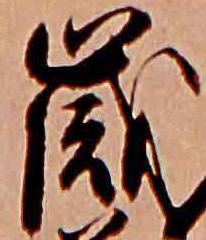
歳